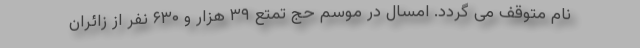
نام متوقف می گردد. امسال در موسم حج تمتع ۳۹ هزار و ۶۳۰ نفر از زائران